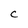
Character: C